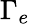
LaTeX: \Gamma_{e}